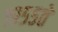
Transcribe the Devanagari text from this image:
१९५५ते